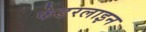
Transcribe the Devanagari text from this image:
फेडरलाइन